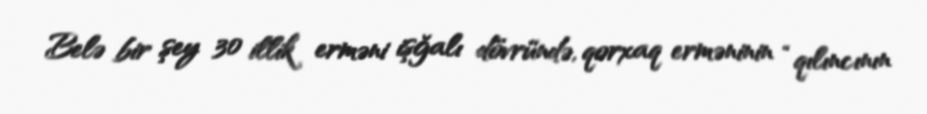
Belə bir şey 30 illik erməni işğalı dövründə, qorxaq erməninin “qılıncının